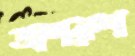
অপরুপ